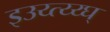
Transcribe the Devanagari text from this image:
इउय्त्य्य्घ्